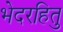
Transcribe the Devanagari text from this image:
भेदरहितु